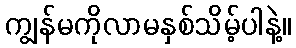
ကျွန်မကိုလာမနှစ်သိမ့်ပါနဲ့။